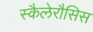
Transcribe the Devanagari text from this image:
स्कैलेरौसिस